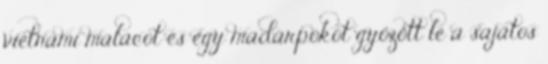
vietnami malacot és egy madárpókot győzött le a sajátos